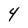
Character: 4